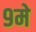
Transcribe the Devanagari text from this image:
९मे